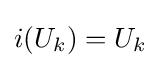
i(U_{k})=U_{k}